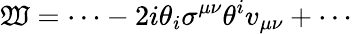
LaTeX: {\displaystyle\mathfrak{W}=\cdots-2i\theta_{i}\sigma^{\mu\nu}\theta^{i}v_{\mu\nu}+\cdots}